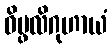
ဝိပ္ဖလိဂုဟာယံ